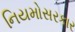
નિયમોસરકાર